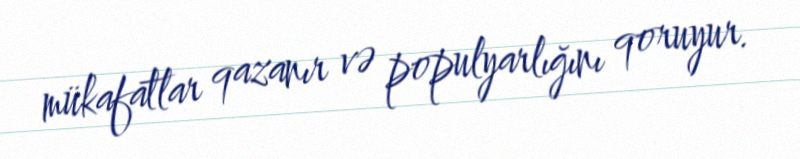
mükafatlar qazanır və populyarlığını qoruyur.